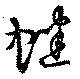
蟋